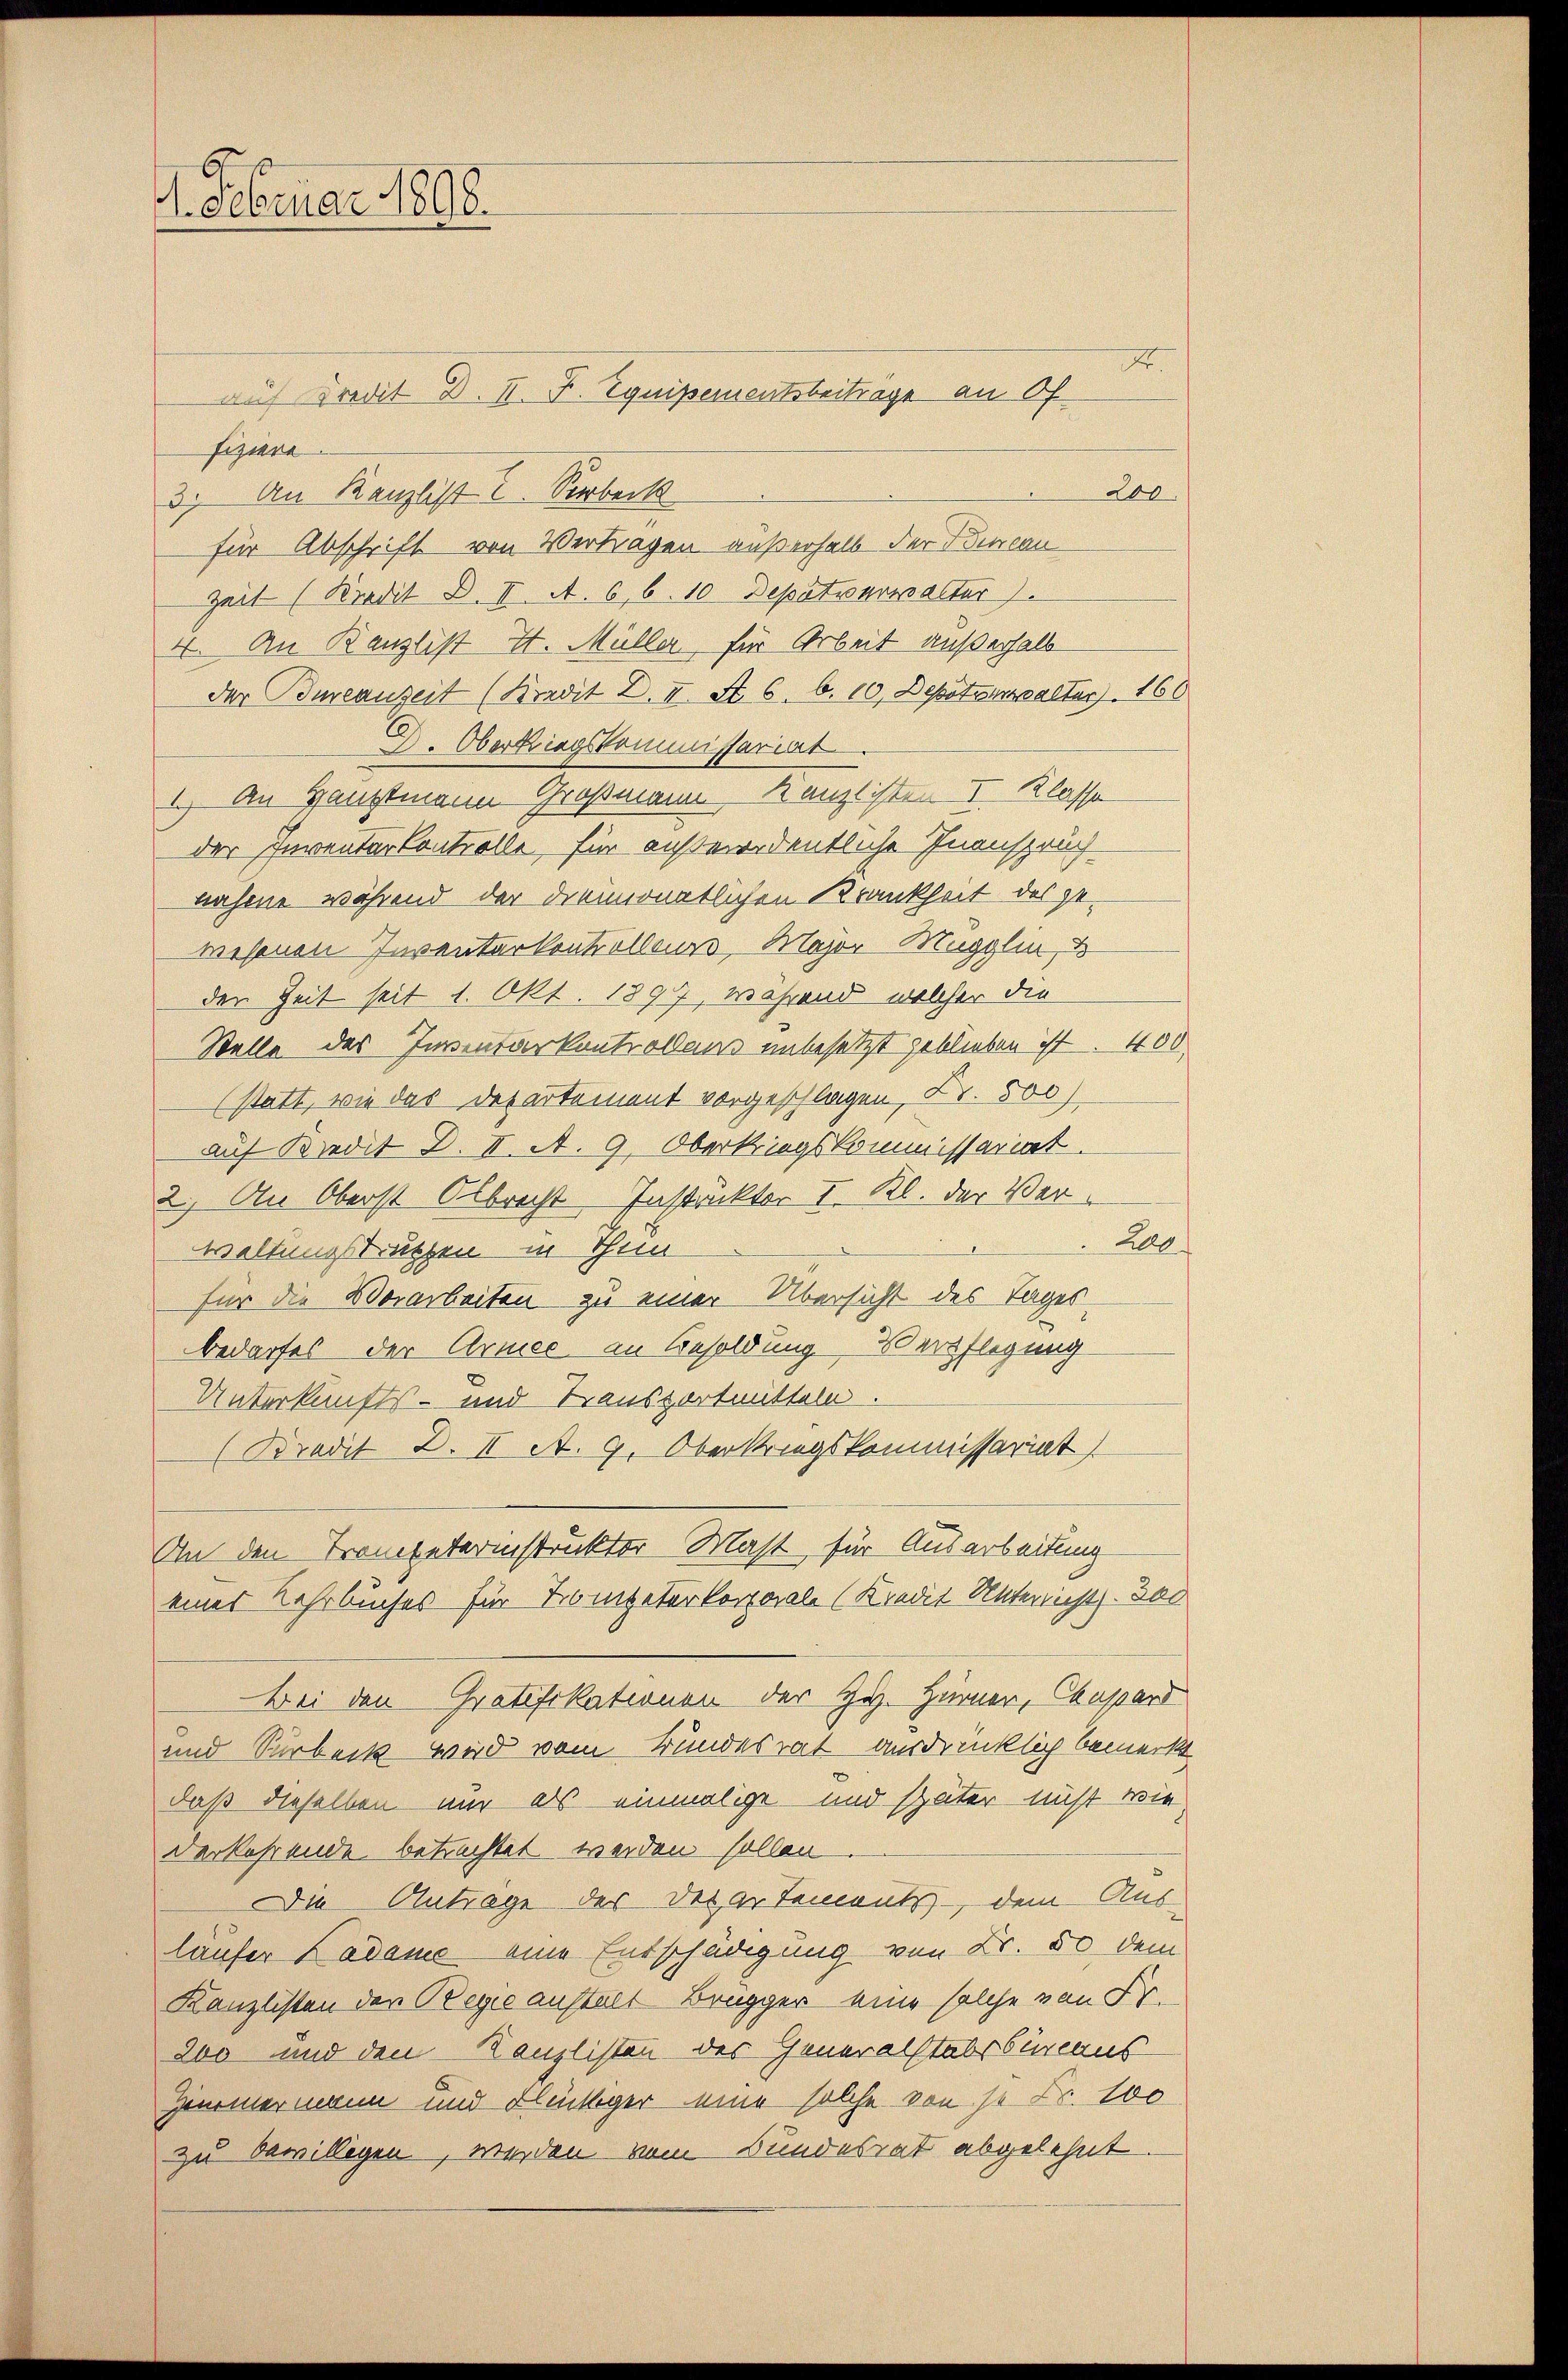
1. Februar 1898.

auf Kredit D. II. J. Equipementsbeiträge an Of
fiziere.
200
3) An Kanzlist? Verberk
Zeit (Kredit B. II. A. 6, 6. 10 Deputverwalter
4. An Kanzlist H. Müller für Arbeit außerhalb
der Bureauzeit (Kredit 2. II. S. 6. 6. 10. Depotelalter) 166
L. Oberkriegskommissariat
1.) An Hauptmann Großmann Kanzlisten I. Klasse
der Inventar Controlle, für außerordentliche Inanspruch
nahme während der dreimonatlichen Krankheit des gewisenen Inventarkontrolleurs, Major Mugglin, d
den Zeit seit 1. Okt. 1897, während, welcher die
Stelle des Inventarkontrollens unbesetzt geblieben ist. 400
(statt, wie das Departement vorgeschlagen, Fr. 500)
auf Kredit d. II. A. 9. Oberkriegskommissariat.
2.) An Oberst Albrecht Instruktor I. Kl. der Ver¬
2
waltungstruthen in Thun
für die Vorarbeiten zu einer Übersicht des Tages
bedarfes der Armee an Besoldung Verpflegung
Unterkunfts- und Transportmitteln.
(Bredit d. II. A. 9. Oberkriegskommissariat
An den Trompeterinstruktor Mast, für Ausarbeitung
eines Lehrbuches für Trompeterkorporale (Kredit Unterricht. Doc
Bei den Gratifikationen der Hr. Hürner, Chapard
und Surbeck wird vom Bundesrat ausdrücklich bemerkt
daß dieselben nur als einmalige und später nicht wie
derkehrende betrachtet werden sollen
Die Antrage des der artements dem Auslaufer Kadame eine Entschädigung von Fr. 50 dem
Kanzlisten der Regie anstalt Brugger eine solche von Fr.
200 und den Kanzlisten der Generalstabsbureaus
Zimmermann und Flückiger eine solche von so Fr. 100
zu bewilligen, werden vom Bundesrat abgelehnt

für Abschrift von Vertragen außerhalb der Bureau

Fr.